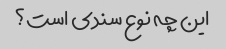
این چه نوع سندی است؟